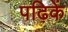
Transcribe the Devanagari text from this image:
पढ़िकें